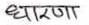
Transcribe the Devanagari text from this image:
धारणा